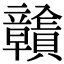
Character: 𧹉